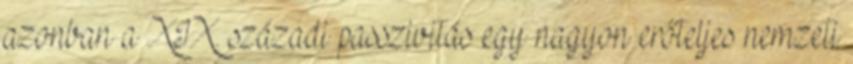
azonban a XIX. századi passzivitás egy nagyon erőteljes nemzeti